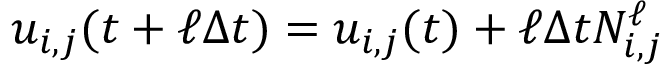
u _ { i , j } ( t + \ell \Delta t ) = u _ { i , j } ( t ) + \ell \Delta t N _ { i , j } ^ { \ell }